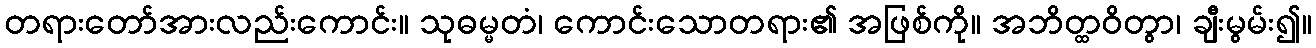
တရားတော်အားလည်းကောင်း။ သုဓမ္မတံ၊ ကောင်းသောတရား၏ အဖြစ်ကို။ အဘိတ္ထဝိတွာ၊ ချီးမွမ်း၍။